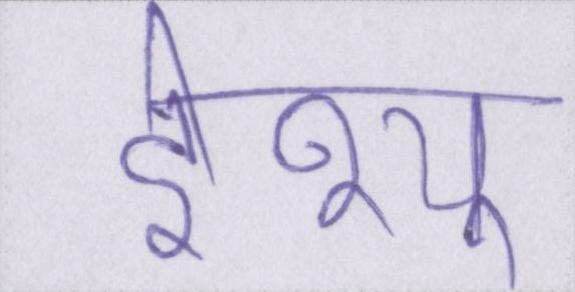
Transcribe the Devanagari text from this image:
ईश्यु